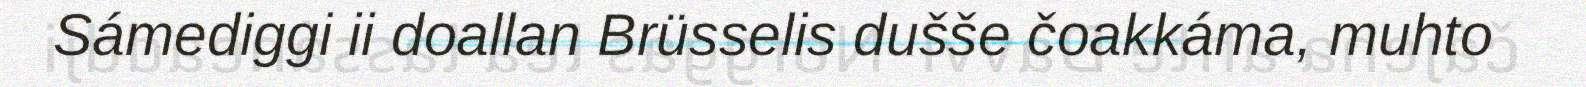
Sámediggi ii doallan Brüsselis dušše čoakkáma, muhto